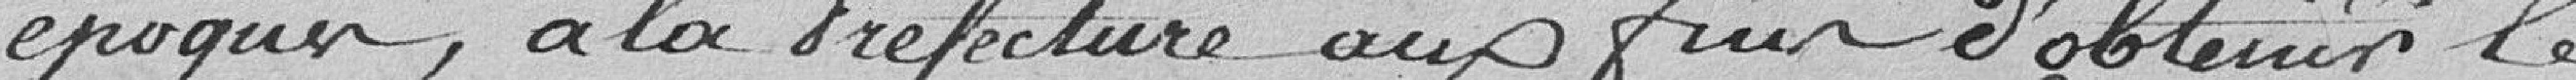
époques, à la préfecture aux fins d'obtenir le